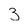
Character: 3